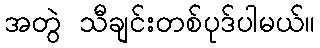
အတွဲ သီချင်းတစ်ပုဒ်ပါမယ်။